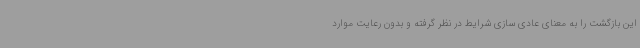
این بازگشت را به معنای عادی سازی شرایط در نظر گرفته و بدون رعایت موارد